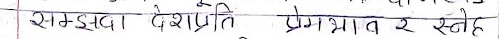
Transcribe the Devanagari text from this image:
समृद्ध देशप्रति प्रेमभाव र स्नेह